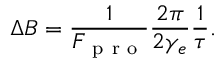
\Delta B = \frac { 1 } { F _ { \mathrm { ~ p ~ r ~ o ~ } } } \frac { 2 \pi } { 2 \gamma _ { e } } \frac { 1 } { \tau } .